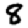
Digit: 8